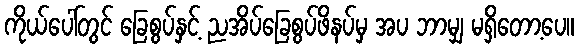
ကိုယ်ပေါ်တွင် ခြေစွပ်နှင့် ညအိပ်ခြေစွပ်ဖိနပ်မှ အပ ဘာမျှ မရှိတော့ပေ။